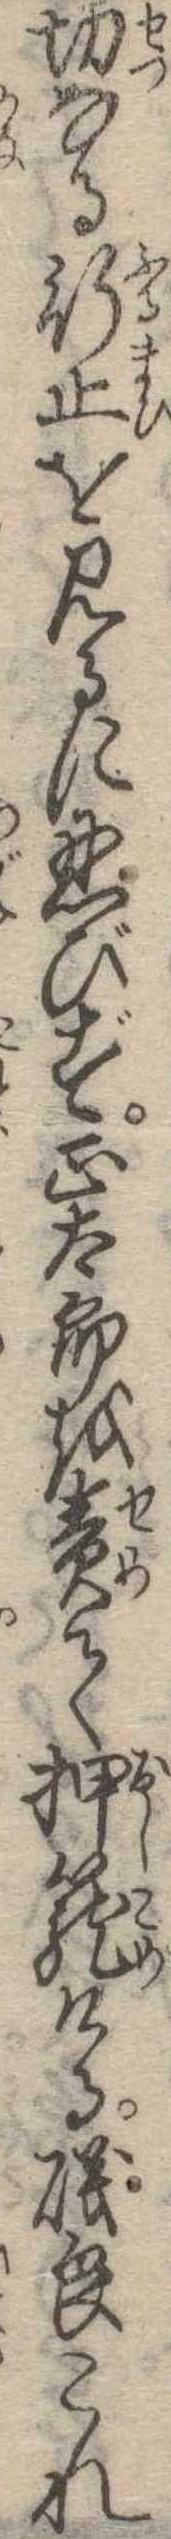
切なる行止を見るに忍びず正太郎を責て押篭ける磯良これ